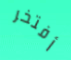
أفتخر